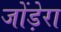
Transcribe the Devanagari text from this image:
जोंड़ेरा